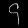
Digit: ၄